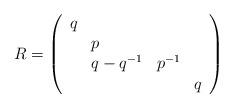
LaTeX: \begin{align*}R = \left( \begin{array}{llll} q &&& \\ & p && \\ & {q-q^{-1}} & { p^{-1}}&\\ &&& {q} \end{array} \right)\end{align*}